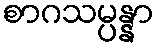
စာဂသမ္ပန္နာ